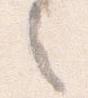
之